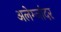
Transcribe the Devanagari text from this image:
अलेग्जांदर